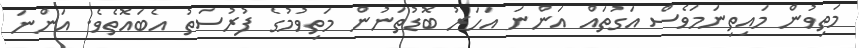
މަތިވުން މައިތިނަމަވެސް އަގުތައް އަންނަ އަހަރު ބޮޑުތަނުން މަތިވުމުގެ ފުރުސަތު އެބައޮތެވެ. އަންނަ